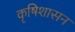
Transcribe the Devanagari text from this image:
कृषिशासन